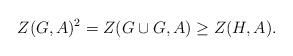
LaTeX: \begin{align*}Z(G,A)^2=Z(G\cup G,A)\geq Z(H,A).\end{align*}